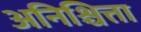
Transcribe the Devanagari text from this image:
अनिश्चित्ता